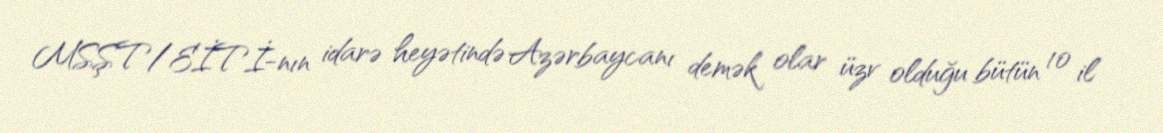
MSŞT/EİTİ-nın idarə heyətində Azərbaycanı demək olar üzv olduğu bütün 10 il